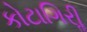
કોટાગિરીૢ